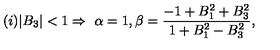
( i ) | B _ { 3 } | < 1 \Rightarrow \ \alpha = 1 , \beta = \frac { - 1 + B _ { 1 } ^ { 2 } + B _ { 3 } ^ { 2 } } { 1 + B _ { 1 } ^ { 2 } - B _ { 3 } ^ { 2 } } ,